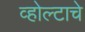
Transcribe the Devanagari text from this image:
व्होल्टाचे